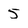
Character: 5